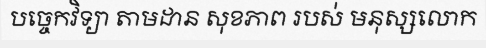
បច្ចេកវិទ្យា តាមដាន សុខភាព របស់ មនុស្សលោក